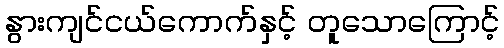
နွားကျင်ငယ်ကောက်နှင့် တူသောကြောင့်